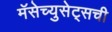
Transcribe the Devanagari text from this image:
मॅसेच्युसेट्सची